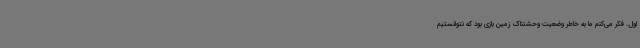
اول. فکر می‌کنم ما به خاطر وضعیت وحشتناک زمین بازی بود که نتوانستیم